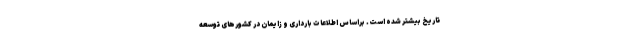
تاریخ بیشتر شده است. براساس اطلاعات بارداری و زایمان در کشورهای توسعه